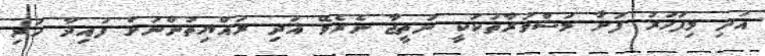
އަދި މިފަހަރު ފަށާ މަޝްވަރާތަކަކީ ނަތީޖާ ނެރެވޭ އަދި ރައްޔިތުންނަށް ފައިދާ ހުރި